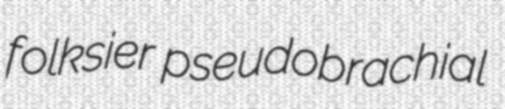
folksier pseudobrachial